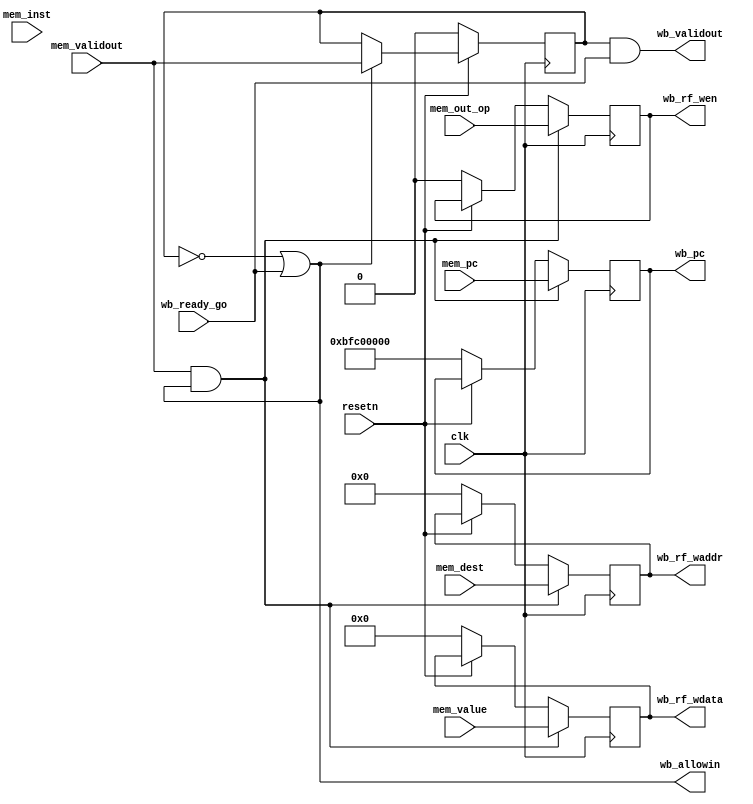
/*------------------------------------------------------------------------------
--------------------------------------------------------------------------------
Copyright (c) 2016, Loongson Technology Corporation Limited.

All rights reserved.

Redistribution and use in source and binary forms, with or without modification,
are permitted provided that the following conditions are met:

1. Redistributions of source code must retain the above copyright notice, this 
list of conditions and the following disclaimer.

2. Redistributions in binary form must reproduce the above copyright notice, 
this list of conditions and the following disclaimer in the documentation and/or
other materials provided with the distribution.

3. Neither the name of Loongson Technology Corporation Limited nor the names of 
its contributors may be used to endorse or promote products derived from this 
software without specific prior written permission.

THIS SOFTWARE IS PROVIDED BY THE COPYRIGHT HOLDERS AND CONTRIBUTORS "AS IS" AND 
ANY EXPRESS OR IMPLIED WARRANTIES, INCLUDING, BUT NOT LIMITED TO, THE IMPLIED 
WARRANTIES OF MERCHANTABILITY AND FITNESS FOR A PARTICULAR PURPOSE ARE 
DISCLAIMED. IN NO EVENT SHALL LOONGSON TECHNOLOGY CORPORATION LIMITED BE LIABLE
TO ANY PARTY FOR DIRECT, INDIRECT, INCIDENTAL, SPECIAL, EXEMPLARY, OR 
CONSEQUENTIAL DAMAGES (INCLUDING, BUT NOT LIMITED TO, PROCUREMENT OF SUBSTITUTE 
GOODS OR SERVICES; LOSS OF USE, DATA, OR PROFITS; OR BUSINESS INTERRUPTION) 
HOWEVER CAUSED AND ON ANY THEORY OF LIABILITY, WHETHER IN CONTRACT, STRICT 
LIABILITY, OR TORT (INCLUDING NEGLIGENCE OR OTHERWISE) ARISING IN ANY WAY OUT OF
THE USE OF THIS SOFTWARE, EVEN IF ADVISED OF THE POSSIBILITY OF SUCH DAMAGE.
--------------------------------------------------------------------------------
------------------------------------------------------------------------------*/


module writeback_stage(
    input  wire        clk,
    input  wire        resetn,

    input  wire        mem_out_op,      //control signals used in WB stage
    input  wire [ 4:0] mem_dest,        //reg num of dest operand
    input  wire [31:0] mem_value,       //mem_stage final result

    input  wire        mem_validout,    //validin
    input  wire        wb_ready_go,     //pipeline control
    //input  wire        wb_out_allow,    //allowin from next stage
    output wire        wb_validout,     //validout
    output wire        wb_allowin,      //serve as mem_stage out_allow

    output wire        wb_rf_wen,
    output wire [ 4:0] wb_rf_waddr,
    output wire [31:0] wb_rf_wdata 

  //`ifdef SIMU_DEBUG
   ,input  wire [31:0] mem_pc,          //pc @memory_stage
    input  wire [31:0] mem_inst,        //instr code @memory_stage
    output reg  [31:0] wb_pc 
  //`endif
);

reg         wb_op;
reg  [ 4:0] wb_dest;
reg  [31:0] wb_value;

//`ifdef SIMU_DEBUG
reg  [31:0] wb_inst;
//`endif

////////////////////////////////////////////////////pipeline control
reg         wb_valid;

assign wb_allowin   = !wb_valid || wb_ready_go ; //no need foe out_allow
assign wb_validout  = wb_valid && wb_ready_go ;

always @(posedge clk) begin
    if (!resetn) begin
        wb_valid <= 1'b0;        
    end
    else if (wb_allowin) begin
        wb_valid <= mem_validout;
    end
end
////////////////////////////////////////////////////////////////////

always @(posedge clk) begin
    if (!resetn) begin
        wb_dest <= 5'b0; 
    end
    if (mem_validout && wb_allowin) begin
        wb_dest <= mem_dest;
    end
end


always @(posedge clk) begin
    if (!resetn) begin
        wb_value <= 32'b0; 
    end
    if (mem_validout && wb_allowin) begin
        wb_value <= mem_value;
    end
end


//control signals used in  WB stages
always @(posedge clk) begin
    if (!resetn) begin
        wb_op <= 1'b0; 
    end
    if (mem_validout && wb_allowin) begin
        wb_op <= mem_out_op;
    end
end

assign wb_rf_wen    = wb_op; //RegWrite
assign wb_rf_waddr = wb_dest;
assign wb_rf_wdata = wb_value;

//`ifdef SIMU_DEBUG
always @(posedge clk) begin
    if(!resetn) begin
        wb_pc <= 32'hbfc00000;
    end
    if (mem_validout && wb_allowin) begin
        wb_pc <= mem_pc;
    end
end

always @(posedge clk) begin
    if(!resetn) begin
        wb_inst <= 0;
    end
    if (mem_validout && wb_allowin) begin
        wb_inst <= mem_inst;
    end
end
//`endif



endmodule //writeback_stage